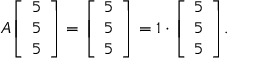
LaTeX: A { \left[ \begin{array} { l } { 5 } \\ { 5 } \\ { 5 } \end{array} \right] } = { \left[ \begin{array} { l } { 5 } \\ { 5 } \\ { 5 } \end{array} \right] } = 1 \cdot { \left[ \begin{array} { l } { 5 } \\ { 5 } \\ { 5 } \end{array} \right] } .